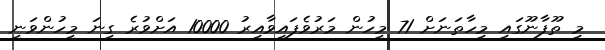
މި ތޫފާނޫގައި މިހާތަނަށް 71 މީހުން މަރުވެފައިވާއިރު 10000 އަށްވުރެ ގިނަ މީހުންވަނީ